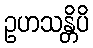
ဥဟသန္တိပိ